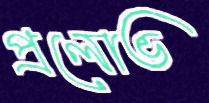
প্রলোভ